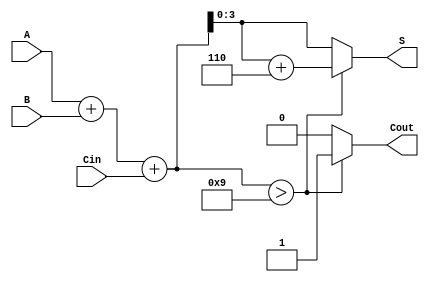
module BCD_Ripple_Carry_Adder (
    input [3:0] A,       // First BCD digit
    input [3:0] B,       // Second BCD digit
    input Cin,           // Carry-in
    output reg [3:0] S,  // BCD Sum output
    output reg Cout      // Carry-out
);

    wire [4:0] sum;      // Intermediate sum (5 bits to account for carry)
    wire correction;      // Correction signal for BCD adjustment

    // Full adder instance
    assign sum = A + B + Cin;

    // Check if the sum exceeds valid BCD range (greater than 9)
    assign correction = sum > 9;

    always @(*) begin
        if (correction) begin
            S = sum + 4'b0110; // Add 6 to the sum for BCD correction
            Cout = 1;          // Set carry-out
        end else begin
            S = sum[3:0];      // Use the lower 4 bits of the sum
            Cout = 0;          // Clear carry-out
        end
    end

endmodule